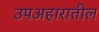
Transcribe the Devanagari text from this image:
उपअहारातील